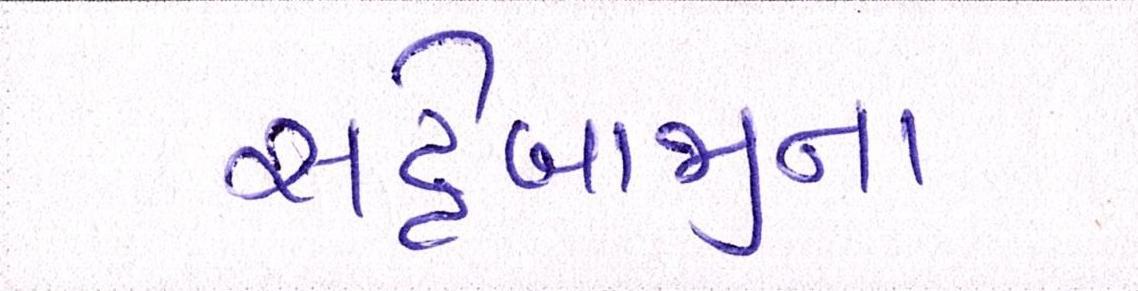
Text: સટ્ટેબાજીના